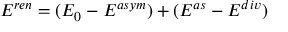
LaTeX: E ^ { r e n } = ( E _ { 0 } - E ^ { a s y m } ) + ( E ^ { a s } - E ^ { d i v } )